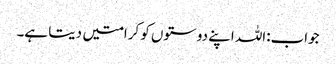
جواب:اللہ اپنے دوستوں کو کرامتیں دیتا ہے۔